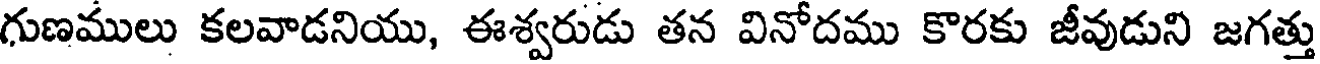
గుణములు కలవాడనియు, ఈశ్వరుడు తన వినోదము కొరకు జీవుడుని జగత్తు